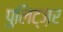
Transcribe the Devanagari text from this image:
पुलिट्ज़र